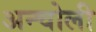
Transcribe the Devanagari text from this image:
अन्चोली